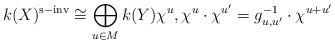
LaTeX: \begin{align*} k(X)^{\mathrm{s-inv}} \cong \bigoplus_{u\in M} k(Y) \chi^u, \chi^u\cdot\chi^{u'} = g^{-1}_{u,u'}\cdot \chi^{u+u'} \end{align*}